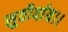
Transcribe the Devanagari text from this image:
सुवीर्याय।।